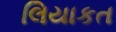
લિયાકત